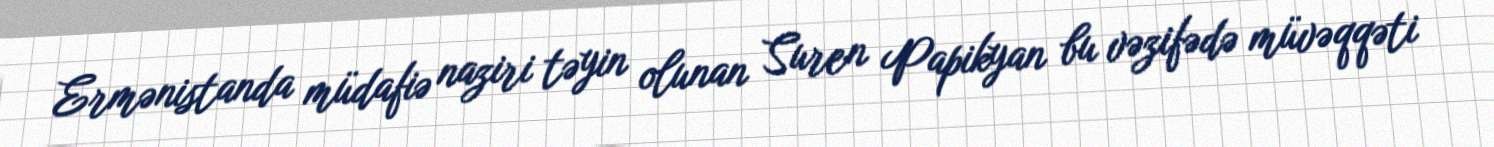
Ermənistanda müdafiə naziri təyin olunan Suren Papikyan bu vəzifədə müvəqqəti